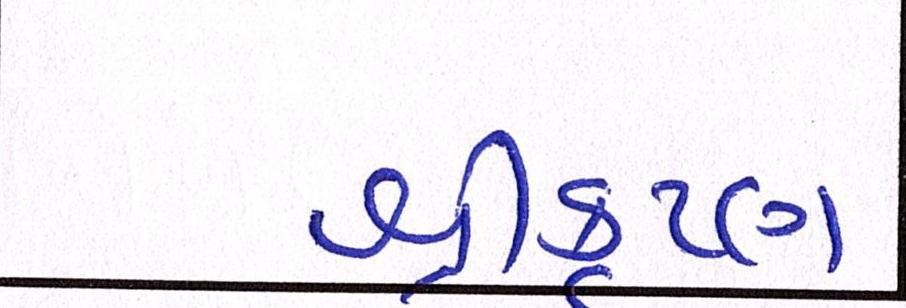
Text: શ્રીકૃષ્ણ